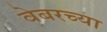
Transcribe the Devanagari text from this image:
वेबरच्या